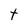
Character: t